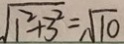
\sqrt { 1 ^ { 2 } + 3 ^ { 2 } } = \sqrt { 1 0 }